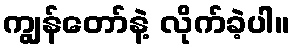
ကျွန်တော်နဲ့ လိုက်ခဲ့ပါ။